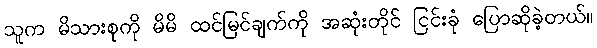
သူက မိသားစုကို မိမိ ထင်မြင်ချက်ကို အဆုံးတိုင် ငြင်းခုံ ပြောဆိုခဲ့တယ်။